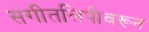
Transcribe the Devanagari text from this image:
संगीतलिपीवरून